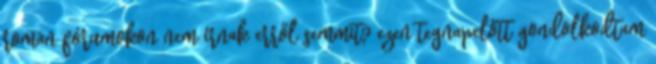
román fórumokon nem írnak erről semmit? ezen tegnapelőtt gondolkodtam